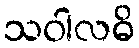
သဝါလဓိ